Lunatic asylums United Prov. 1922-30 - 1922-1930
Year: 1922
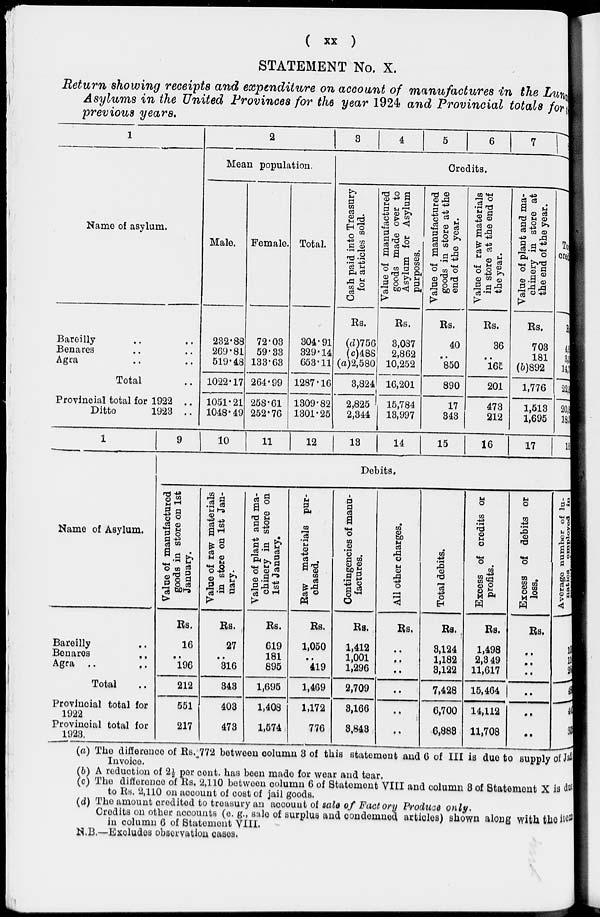
(
xx
)
STATEMENT No. X.
Return showing receipts and expenditure on account of manufactures in the Lnatic
Asylums in the United Provinces for the year 1924 and Provincial totals for
previous years.
1
Name of asylum.
Bareilly .. ..
Benares .. ..
Agra .. ..
Total ..
Provincial total for 1922 ..
Ditto
1923 ..
1
9
2
Mean population.
Male.
232.88
269.81
519.48
1022.17
1051.21
1048.49
10
Female.
72.03
59.33
133.63
264.99
258.61
252.76
11
Total.
304.91
329.14
653.11
1287.16
1309.82
1301.25
12
3
4
5
6
7
Credits.
Cash paid into Treasury
for articles sold.
Rs.
(d)756
(c)488
(a)2,580
3,824
2,825
2,344
13
Value of manufactured
goods made over to
Asylum for Asylum
purposes.
Rs.
3,087
2,862
10,252
16,201
15,784
13,997
14
Value of manufactured
goods in store at the
end of the year.
Rs.
40
..
850
890
17
343
15
Value of raw materials
in store at the end of
the year.
Rs.
36
..
165
201
473
212
16
Value of plant and ma-
chinery in store at
the end of the year.
Rs.
703
181
(b)892
1,776
1,513
1,695
17
Rs
4,6
3,5
14,
22,8
20,8
18,5
18
Name of Asylum.
Bareilly ..
Benares
..
Agra ..
..
Total ..
Provincial total for
1922.
Provincial total for
1923.
Debits.
Value of manufactured
goods in store on 1st
January.
Rs.
16
..
196
212
551
217
Value of raw materials
in store on 1st Jan-
uary.
Rs.
27
..
316
343
403
473
Value of plant and ma-
chinery in store on
1st January.
Rs.
619
181
895
1,695
1,408
1,574
Raw materials pur-
chased.
Rs.
1,050
..
419
1,469
1,172
776
Contingencies of manu-
factures.
Rs.
1,412
1,001
1,296
2,709
3,166
3,843
All other charges.
Rs.
..
..
..
..
..
..
Total debits.
Rs.
8,124
1,182
3,122
7,428
6,700
6,883
Excess of credits or
profits.
Rs.
1,498
2,349
11,617
15,464
14,112
11,708
Excess of debits or
loss.
Rs.
..
..
..
..
..
..
Average number of lunatics employed in
10
11
26
48
44
30
(a) The difference of Rs. 772 between column 3 of this statement and 6 of III is due to supply of Jail
Invoice.
(b) A reduction of 2½ per cent. has been made for wear and tear.
(c) The difference of Rs. 2,110 between column 6 of Statement VIII and column 8 of Statement X is due
to Rs. 2,110 on account of cost of jail goods.
(d) The amount credited to treasury an account of sale of Factory Produce only.
Credits on other accounts (e. g., sale of surplus and condemned articles) shown along with the item
in column 6 of Statement VIII.
N.B.—Excludes observation cases.